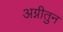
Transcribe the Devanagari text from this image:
अग्नीतुन